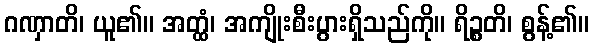
ဂဏှာတိ၊ ယူ၏။ အတ္ထံ၊ အကျိုးစီးပွားရှိသည်ကို။ ရိဉ္စတိ၊ စွန့်၏။